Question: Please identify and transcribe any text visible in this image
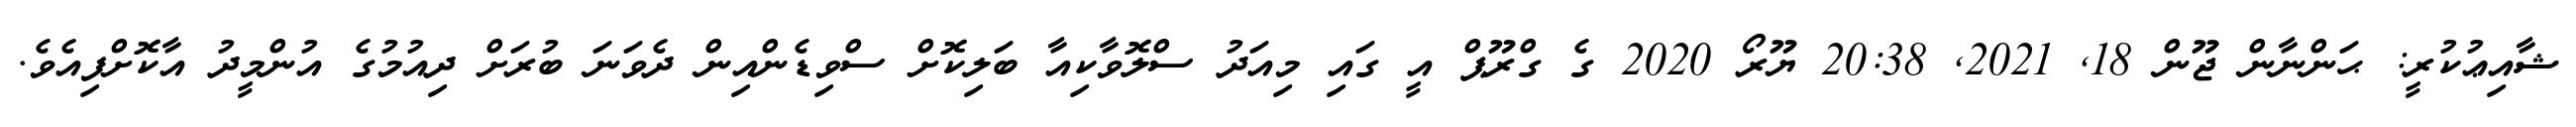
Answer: ޝާއިޢުކުރީ: ޙަންނާން ޖޫން 18, 2021, 20:38 ޔޫރޯ 2020 ގެ ގްރޫޕް އީ ގައި މިއަދު ސްލޮވާކިއާ ބަލިކޮށް ސްވިޑެންއިން ދެވަނަ ބުރަށް ދިއުމުގެ އުންމީދު އާކޮށްފިއެވެ.